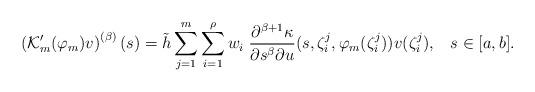
LaTeX: \begin{align*}\left (\mathcal {K}_m' (\varphi_m) v \right )^{(\beta)} (s) = \tilde {h} \sum_{j=1}^m \sum_{i=1}^\rho w_i \; \frac {\partial^{\beta+1} \kappa } {\partial s^\beta\partial u} (s, \zeta_i^j, \varphi_m (\zeta_i^j)) v (\zeta_i^j), \;\;\; s \in [a, b].\end{align*}